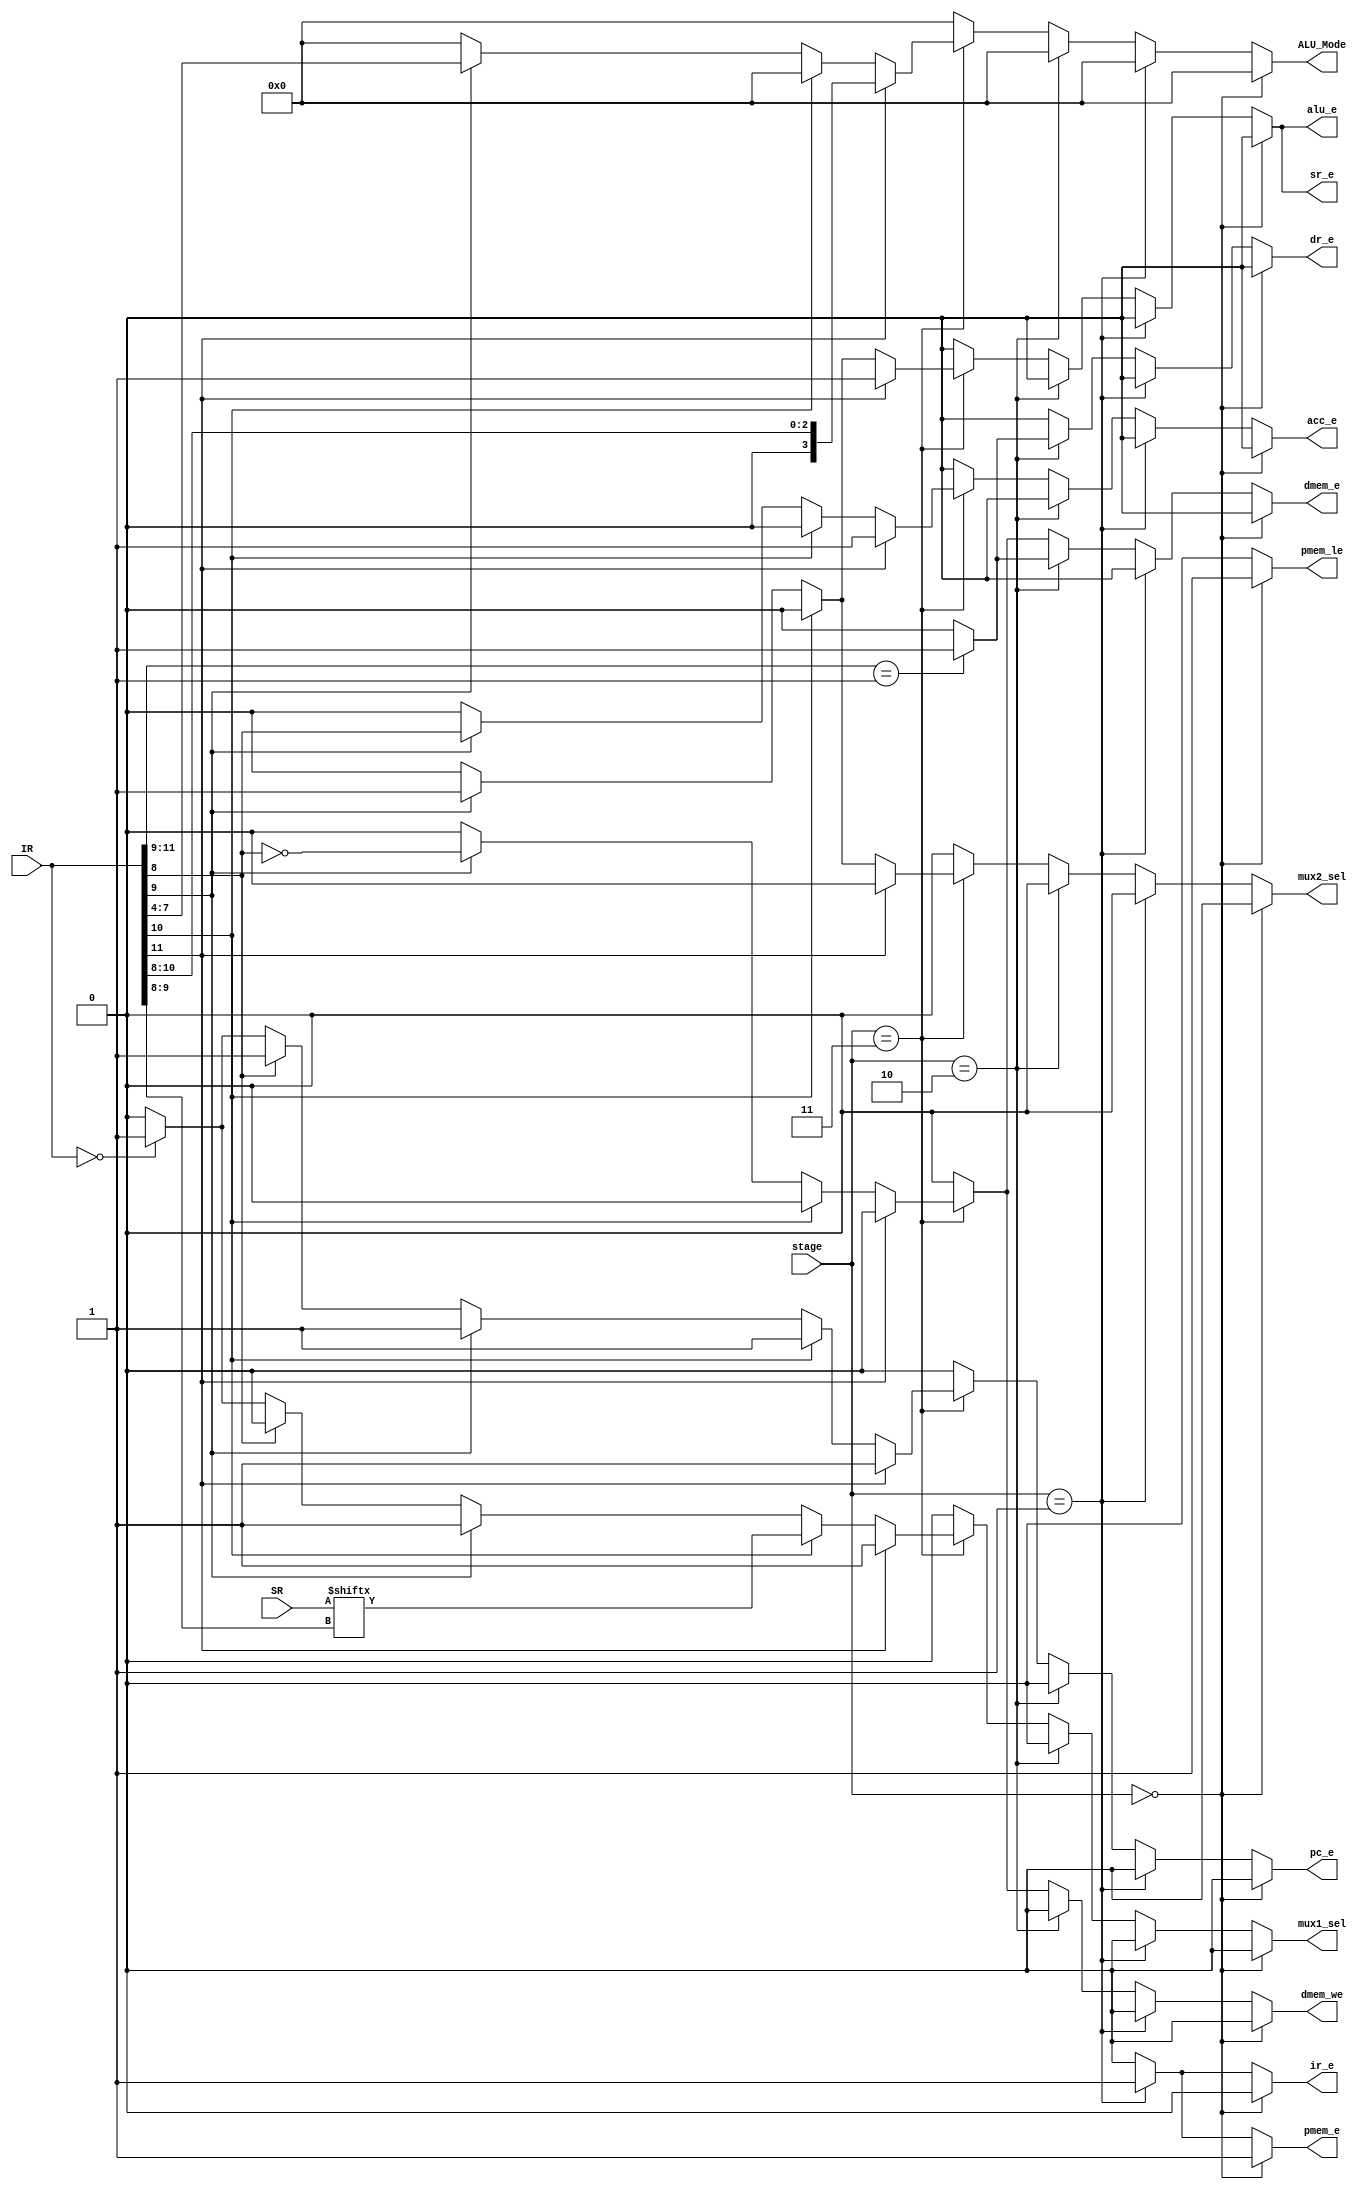
`timescale 1ns / 1ps
//////////////////////////////////////////////////////////////////////////////////
// Company: 
// Engineer: 
// 
// Design Name: 
// Module Name:    control_unit 
// Project Name: 
// Target Devices: 
// Tool versions: 
// Description: 
//
// Dependencies: 
//
// Revision: 
// Revision 0.01 - File Created
// Additional Comments: 
//
//////////////////////////////////////////////////////////////////////////////////
  module control_unit(
     input wire [1:0] stage, // load/fetch/decode/execute
	  input wire [11:0] IR,
	  input wire [3:0] SR,
     output reg pc_e ,acc_e ,sr_e ,ir_e ,dr_e ,pmem_e ,dmem_e ,dmem_we ,alu_e, mux1_sel,mux2_sel,pmem_le,
     output reg [3:0] ALU_Mode	  
    );
     parameter load = 2'b00 , fetch = 2'b01 , decode = 2'b10 , execute = 2'b11 ;
	  
	  always @*
	   begin
		  pc_e = 0 ;
		  acc_e = 0 ;
		  sr_e = 0 ;
		  ir_e = 0 ;
		  dr_e = 0 ;
		  pmem_e = 0 ;
		  dmem_e = 0 ;
		  dmem_we = 0 ;
		  alu_e = 0 ;
		  mux1_sel = 0 ;
		  mux2_sel = 0 ;
		  pmem_le = 0 ;
		  ALU_Mode = 4'b0000 ;
		  
		   if( stage == load )
          begin
           pmem_le = 1;
           pmem_e = 1; 
          end
         else if( stage == fetch ) 
			 begin
           ir_e = 1; 
           pmem_e = 1;  
          end
         else if( stage == decode )
			 begin
			  if(IR[11:9] == 3'b001 )
			   begin 
 			   dr_e = 1;
				dmem_e = 1;
			   end
			 end
		   else if( stage == execute )
			 begin
			  if( IR[11] == 1) //ALU-I type
			   begin
			   pc_e = 1;
				acc_e = 1;
				sr_e = 1;
				alu_e = 1;
				ALU_Mode = IR[10:8];
				mux1_sel = 1;
			   end
			 else if( IR[10] == 1) //Branch type
			  begin
			  pc_e = 1;
			  mux1_sel = SR[IR[9:8]];
			  end
			  
			 else if( IR[9] == 1) //ALU-M type
			  begin
			  pc_e = 1;
			  acc_e = IR[8];
			  sr_e = 1;
			  dmem_e = ~IR[8];
			  dmem_we = ~IR[8];
			  alu_e = 1;
			  ALU_Mode = IR[7:4];
			  mux1_sel = 1;
			  mux2_sel = 1;
			  end
			
          else if( IR[8] == 1) //GOTO
   		  pc_e = 1;
			 
			 else if( IR[11:0] == 12'd0)   //NOP
 			  begin
			  pc_e = 1;
			  mux1_sel = 1;
			  end
			end
		end
		
  endmodule